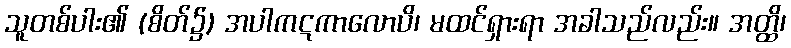
သူတစ်ပါး၏ (စိတ်၌) အပါကဋကာလောပိ၊ မထင်ရှားရာ အခါသည်လည်း။ အတ္ထိ၊